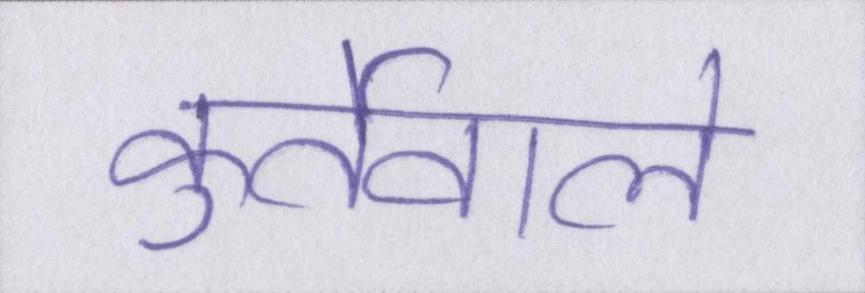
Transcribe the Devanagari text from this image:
कुर्तेवाले